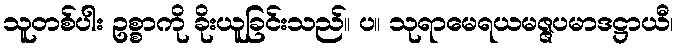
သူတစ်ပါး ဥစ္စာကို ခိုးယူခြင်းသည်။ ပ။ သုရာမေရယမဇ္ဇပမာဒဋ္ဌာယီ၊